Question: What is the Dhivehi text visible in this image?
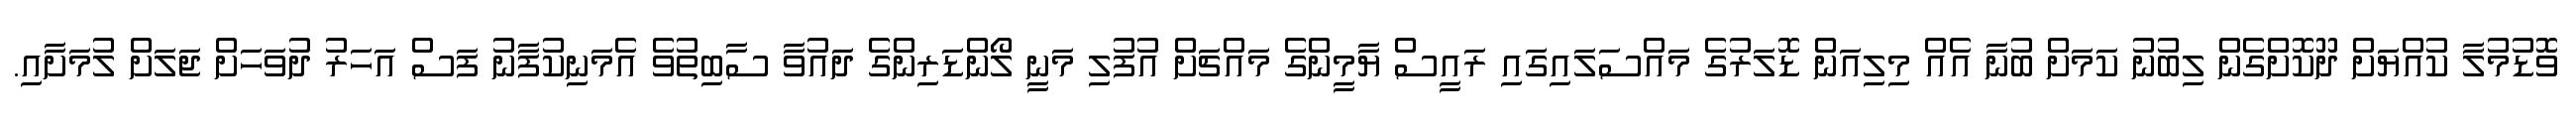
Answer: ވޮޑުމުލާ ކުއްޔަށް ދޫކޮށްގެން ލިބުނު ކަމަށް ބުނާ އެއް މިލިއަން ޑޮލަރުގެ މައްސަލައިގައި ރައީސް ޔާމީންގެ މައްޗަށް އުފުލި މަނީ ލޯންޑަރިންގެ ދައުވާ ސާބިތުވެ އެމަނިކުފާނު ފަސް އަހަރު ދުވަހަށް ޖަލަށް ލުމަށާއި.